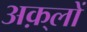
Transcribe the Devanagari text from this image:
अक़्लों